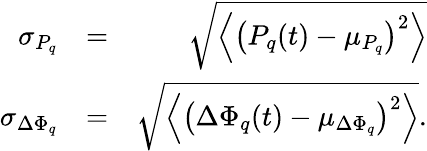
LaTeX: \begin{array}{rlr}{\sigma_{P_{q}}}&{=}&{\sqrt{\left\langle\left(P_{q}(t)-\mu_{P_{q}}\right)^{2}\right\rangle}}\\ {\sigma_{\Delta\Phi_{q}}}&{=}&{\sqrt{\left\langle\left(\Delta\Phi_{q}(t)-\mu_{\Delta\Phi_{q}}\right)^{2}\right\rangle}.}\end{array}